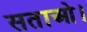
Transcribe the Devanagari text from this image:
सताओ।